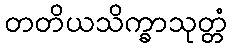
တတိယသိက္ခာသုတ္တံ